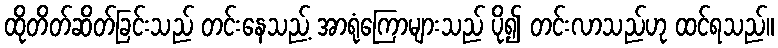
ထိုတိတ်ဆိတ်ခြင်းသည် တင်းနေသည့် အာရုံကြောများသည် ပို၍ တင်းလာသည်ဟု ထင်ရသည်။